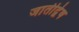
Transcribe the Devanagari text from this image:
जातीद्वेष